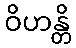
ဝိဟန္တိ